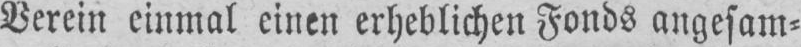
Verein einmal einen erheblichen Fonds angesam⸗